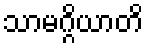
သာမဂ္ဂိယာတိ